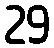
29